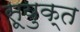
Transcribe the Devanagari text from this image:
सूयुक्त